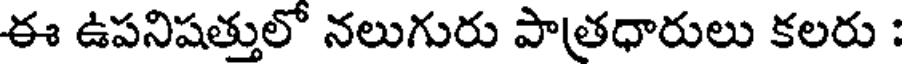
ఈ ఉపనిషత్తులో నలుగురు పాత్రధారులు కలరు :